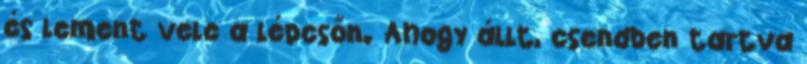
és lement vele a lépcsőn. Ahogy állt, csendben tartva